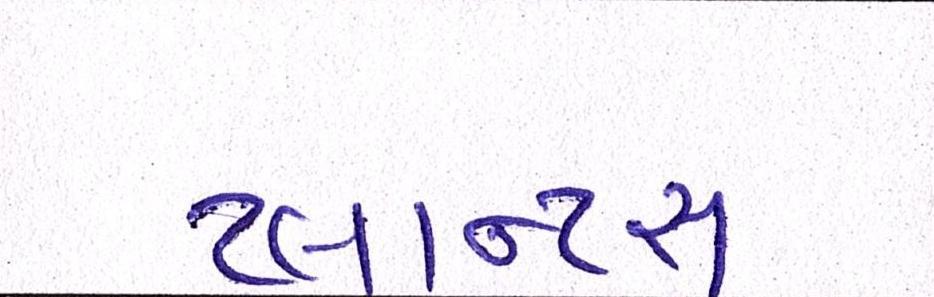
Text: પ્લાન્ટસ